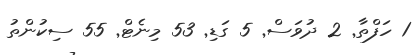
1 ހަފްތާ